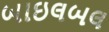
બાઇલબલ